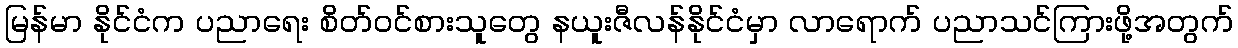
မြန်မာ နိုင်ငံက ပညာရေး စိတ်ဝင်စားသူတွေ နယူးဇီလန်နိုင်ငံမှာ လာရောက် ပညာသင်ကြားဖို့အတွက်